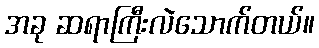
အခု ဆရာကြီးလဲသောက်တယ်။